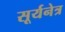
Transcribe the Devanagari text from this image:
सूर्यनेत्र